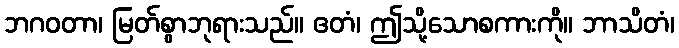
ဘဂဝတာ၊ မြတ်စွာဘုရားသည်။ ဧတံ၊ ဤသို့သောစကားကို။ ဘာသိတံ၊